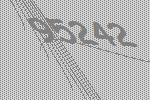
95242